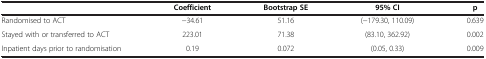
<table><thead><tr><td></td><td><b>Coefficient</b></td><td><b>Bootstrap SE</b></td><td><b>95% CI</b></td><td><b>p</b></td></tr></thead><tbody><tr><td>Randomised to ACT</td><td>−34.61</td><td>51.16</td><td>(−179.30, 110.09)</td><td>0.639</td></tr><tr><td>Stayed with or transferred to ACT</td><td>223.01</td><td>71.38</td><td>(83.10, 362.92)</td><td>0.002</td></tr><tr><td>Inpatient days prior to randomisation</td><td>0.19</td><td>0.072</td><td>(0.05, 0.33)</td><td>0.009</td></tr></tbody></table>